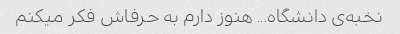
نخبه‌ی دانشگاه... هنوز دارم به حرفاش فکر میکنم